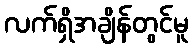
လက်ရှိအချိန်တွင်မူ